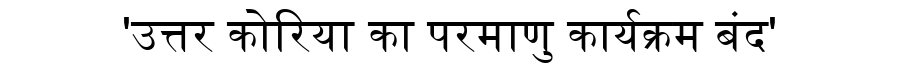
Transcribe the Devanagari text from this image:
'उत्तर कोरिया का परमाणु कार्यक्रम बंद'